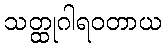
သတ္ထုဂါရဝတာယ